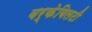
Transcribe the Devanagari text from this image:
बर्केबिलटी